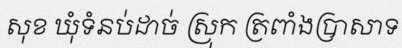
សុខ ឃុំទំនប់ដាច់ ស្រុក ត្រពាំងប្រាសាទ